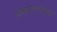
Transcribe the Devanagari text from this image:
प्रकरणांतर